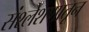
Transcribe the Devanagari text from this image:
संश्लेशणातून